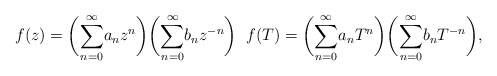
\begin{align*} f(z)=\bigg(\overset{\infty}{\underset{n=0}{\sum}}a_{n}z^n\bigg) \bigg(\overset{\infty}{\underset{n=0}{\sum}}b_{n}z^{-n}\bigg) \; \; f(T)=\bigg(\overset{\infty}{\underset{n=0}{\sum}}a_{n}T^n\bigg) \bigg(\overset{\infty}{\underset{n=0}{\sum}}b_{n}T^{-n}\bigg), \end{align*}